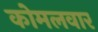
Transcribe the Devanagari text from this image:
काेमलवार